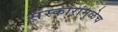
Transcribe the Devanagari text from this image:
संस्कारांमुळेच